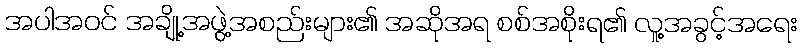
အပါအဝင် အချို့အဖွဲ့အစည်းများ၏ အဆိုအရ စစ်အစိုးရ၏ လူ့အခွင့်အရေး